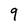
Character: 9